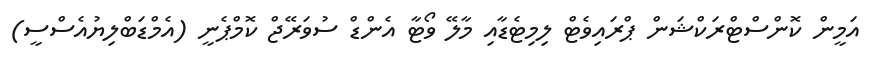
އަމީން ކޮންސްޓްރަކްޝަން ޕްރައިވެޓް ލިމިޓެޑާއި މާލޭ ވޯޓާ އެންޑް ސުވަރޭޖް ކޮމްޕެނީ (އެމްޑަބްލިޔުއެސްސީ)